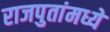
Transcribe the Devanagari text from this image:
राजपुतांमध्ये